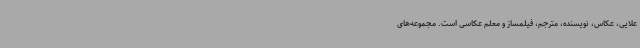
علایی، عکاس، نویسنده، مترجم، فیلمساز و معلم عکاسی است. مجموعه‌های